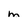
Character: m